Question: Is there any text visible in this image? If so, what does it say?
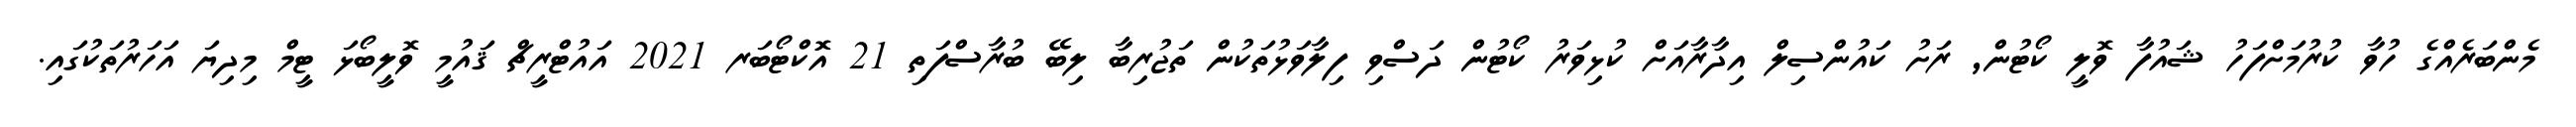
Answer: މެންބަރެއްގެ ހުވާ ކުރުމަށްފަހު ޝައުފާ ވޮލީ ކޯޓުން, ރަށު ކައުންސިލް އިދާރާއަށް ކުޅިވަރު ކޯޓުން ދަސްވި ފިލާވަޅުތަކުން ތަޖުރިބާ ލިބޭ ބުރާސްފަތި 21 އޮކްޓޯބަރ 2021 އައުޓްރީޗް ޤައުމީ ވޮލީބޯޅަ ޓީމް މިދިޔަ އަހަރުތަކުގައި.